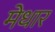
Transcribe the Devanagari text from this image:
मेधार